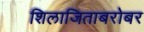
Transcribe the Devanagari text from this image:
शिलाजिताबरोबर